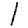
Digit: 1